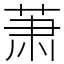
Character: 萧